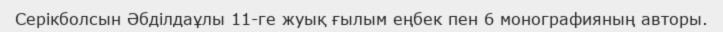
Серікболсын Әбділдаұлы 11-ге жуық ғылым еңбек пен 6 монографияның авторы.